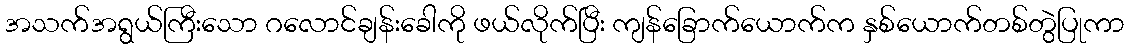
အသက်အရွယ်ကြီးသော ဂလောင်ချန်းခေါကို ဖယ်လိုက်ပြီး ကျန်ခြောက်ယောက်က နှစ်ယောက်တစ်တွဲပြုကာ